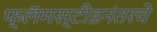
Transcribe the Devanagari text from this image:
फ्लॅमस्टीडनंतरचे